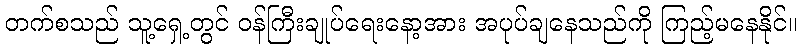
တက်စသည် သူ့ရှေ့တွင် ဝန်ကြီးချုပ်ရေးနော့အား အပုပ်ချနေသည်ကို ကြည့်မနေနိုင်။